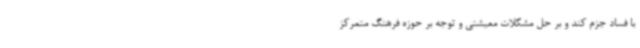
با فساد جزم کند و بر حل مشکلات معیشتی و توجه بر حوزه فرهنگ متمرکز